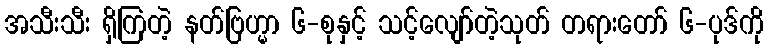
အသီးသီး ရှိကြတဲ့ နတ်ဗြဟ္မာ ၆-စုနှင့် သင့်လျော်တဲ့သုတ် တရားတော် ၆-ပုဒ်ကို